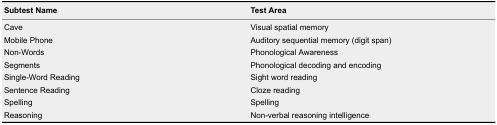
<table><thead><tr><td><b>Subtest Name</b></td><td><b>Test Area</b></td></tr></thead><tbody><tr><td>Cave</td><td>Visual spatial memory</td></tr><tr><td>Mobile Phone</td><td>Auditory sequential memory (digit span)</td></tr><tr><td>Non-Words</td><td>Phonological Awareness</td></tr><tr><td>Segments</td><td>Phonological decoding and encoding</td></tr><tr><td>Single-Word Reading</td><td>Sight word reading</td></tr><tr><td>Sentence Reading</td><td>Cloze reading</td></tr><tr><td>Spelling</td><td>Spelling</td></tr><tr><td>Reasoning</td><td>Non-verbal reasoning intelligence</td></tr></tbody></table>